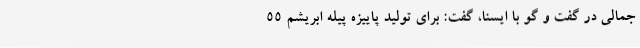
جمالی در گفت و گو با ایسنا، گفت: برای تولید پاییزه پیله ابریشم 55